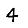
Digit: 4